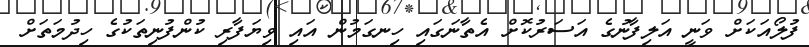
ފުލޯއަކަށް ވަނީ އަލިފާނުގެ އަސަރުކޮށް އެތާނަގައި ހިނގަމުން އައި ވިޔަފާރި ކުންފުނިތަކުގެ ހިދުމަތަށް